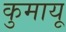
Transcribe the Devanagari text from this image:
कुमायू